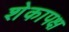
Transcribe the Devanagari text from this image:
शेकापक्ष